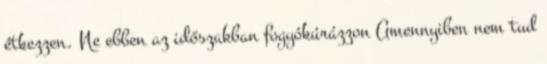
étkezzen. Ne ebben az időszakban fogyókúrázzon Amennyiben nem tud